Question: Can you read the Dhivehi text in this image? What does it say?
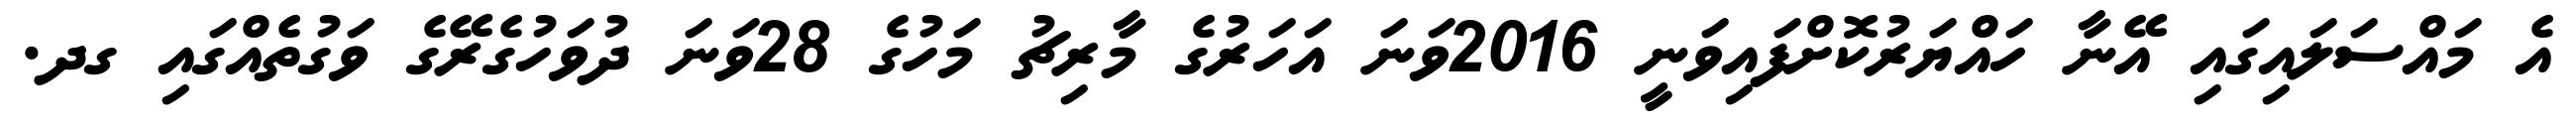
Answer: އެ މައްސަލައިގައި އޭނާ ހައްޔަރުކޮށްފައިވަނީ 2016ވަނަ އަހަރުގެ މާރިޗު މަހުގެ 28ވަނަ ދުވަހުގެރޭގެ ވަގުތެއްގައި ގދ.